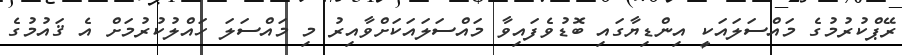
ރޭޕްކުރުމުގެ މައްސަލައަކީ އިންޑިޔާގައި ބޮޑުވެފައިވާ މައްސަލައަކަށްވާއިރު މި މައްސަލަ ހައްލުކުރުމަށް އެ ޤައުމުގެ